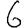
Digit: 6